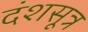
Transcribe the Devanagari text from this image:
दंशसूत्र